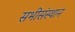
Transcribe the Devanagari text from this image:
सभीसंस्थान